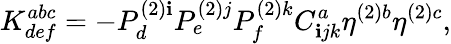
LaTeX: K_{def}^{abc}=-P_{d}^{(2)\mathbf{i}}P_{e}^{(2)j}P_{f}^{(2)k}C_{\mathbf{i}jk}^{a}\eta^{(2)b}\eta^{(2)c},